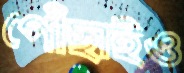
পৌঁছাইও